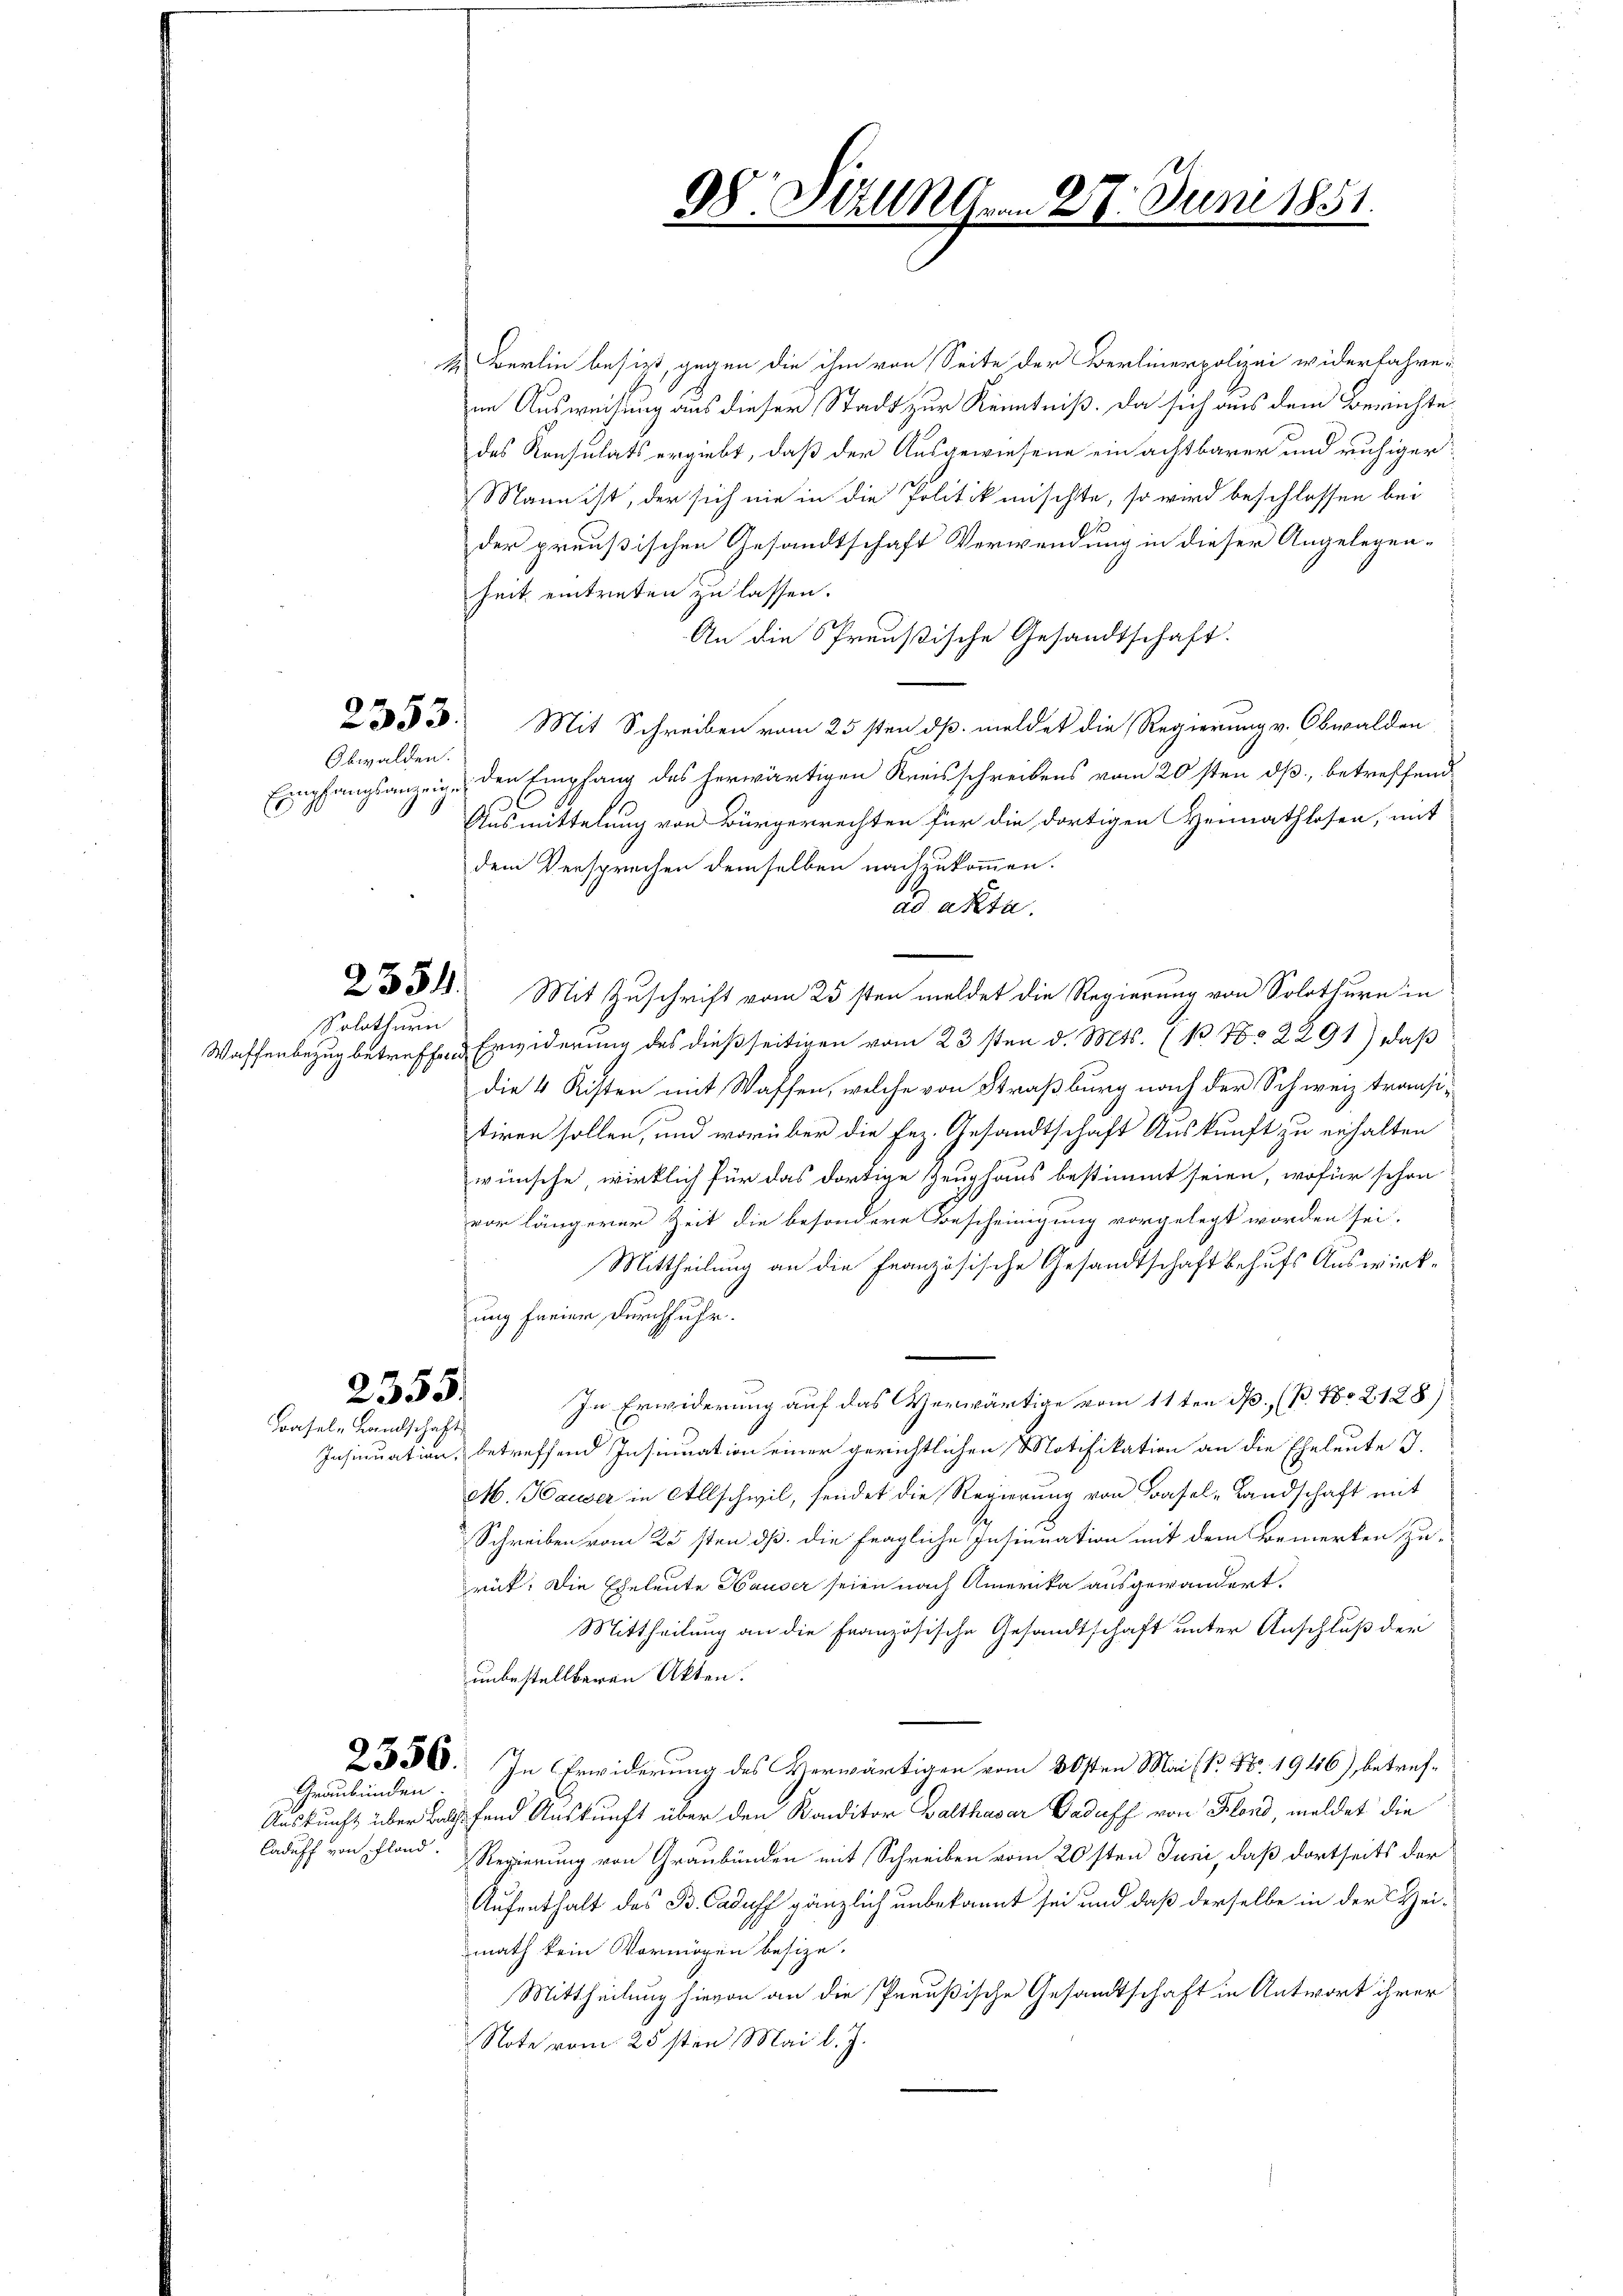
Obwalden.

Solothurn

k Berlin besizt, gegen die ihm von Seite der Berlinerpolizei widerfahre
im Ausweisung aus dieser Stadt zur Kenntniß. Da sich aus dem Berichte
des Konsulats ergiebt, daß der Ausgewiesene ein achtbarer und ruhiger
Mann ist, der sich nie in die Politik mischte, so wird beschlossen bei
der preußischen Gesandtschaft Verwendung in dieser Angelegen-
heit eintreten zu lassen.
An die Spreußische Gesandtschaft.
2555. Mit Schreiben vom 25sten dß. meldet die Regierung v. Obwalden
Empfangsanzeigen den Empfang des herwärtigen Kreisschreibens vom 20sten dß, betreffend
Ausmittelung von Bürgerrechten für die dortigen Heimathlosen, mit
dem Versprechen demselben nachzukommen.
ad akta.
n
2331. Mit Zuschrift vom 25sten meldet die Regierung von Solothurn in
Waffenbezug betreffend Erwiderung des dießseitigen vom 23sten d. Mts. (B No 2291), daß
die 4 Kisten mit Waffen, welche von Straßburg nach der Schweiz transitiren sollen, und worüber die Fez. Gesandtschaft Auskunft zu erhalten
wünsche wirklich für das dortige Zeughaus bestimmt seien, wofür schon
vor längerer Zeit die besondere Bescheinigung vorgelegt worden sei.
Mittheilung an die Französische Gesandtschaft behufs Auswirk-
ung freier durchfuhr.
In Erwiderung auf das Verwärtige vom 11ten d. (B. Nr. 2128)
Insinuation, betreffend Insinuation einer gerichtlichen Motifikation an die Eheleute I.
M. Pauser in Allschwil, sendet die Regierung von Basel-Landschaft mit
Schreiben vom 25sten dß die fragliche Insinuation mit dem Bemerken zu-
rück. Die Eheleute Hauser seien nach Amerika ausgewandert.
Mittheilung an die Französische Gesandtschaft unter Anschluß der
unbestellbaren Akten.
2330. In Erwiderung des Herwärtigen vom 30sten Mai (1. No. 1946), betref¬
Auskunft über Balthes fand Auskunft über den Konditor Balthasar Cadaff von Flond, meldet die
Caduff von Fland. Regierung von Graubünden mit Schreiben vom 20sten Juni, daß dortseits der
Aufenthalt des B. Caduff gänzlich unbekannt sei und daß derselbe in der eimath kein Vermögen besize.
Mittheilung hievon an die Preußische Gesandtschaft in Antwort ihrer
Note vom 25sten Mai l. J.

2355.
Basel-Landschaft

Graubünden

98. Heilagen 27. Juni 1851.